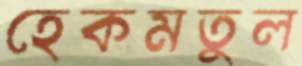
হেকমতুল